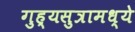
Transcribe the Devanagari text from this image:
गुह्यसुत्रामध्ये